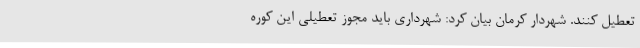
تعطیل کنند. شهردار کرمان بیان کرد: شهرداری باید مجوز تعطیلی این کوره